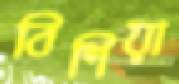
বিশিয়া